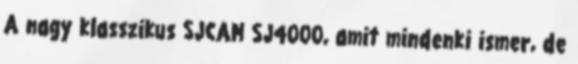
A nagy klasszikus SJCAM SJ4000, amit mindenki ismer, de